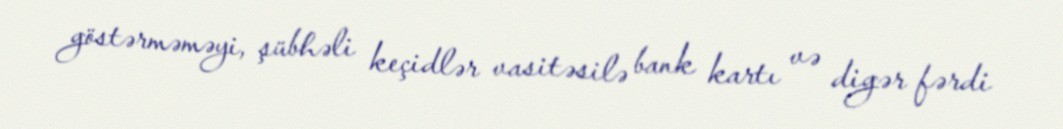
göstərməməyi, şübhəli keçidlər vasitəsilə bank kartı və digər fərdi